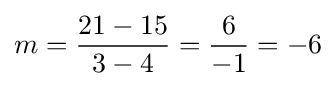
m={\frac {21-15}{3-4}}={\frac {6}{-1}}=-6